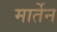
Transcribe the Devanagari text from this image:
मार्तेन